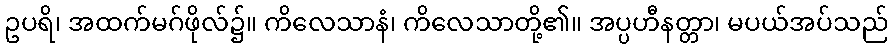
ဥပရိ၊ အထက်မဂ်ဖိုလ်၌။ ကိလေသာနံ၊ ကိလေသာတို့၏။ အပ္ပဟီနတ္တာ၊ မပယ်အပ်သည်